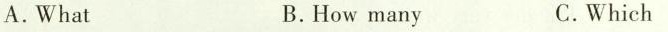
A.What B.How many C.Which